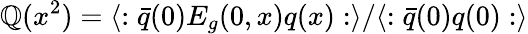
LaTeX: \mathbb{Q}(x^{2})=\langle:\bar{{q}}(0)E_{g}(0,x)q(x):\rangle/\langle:\bar{{q}}(0)q(0):\rangle